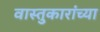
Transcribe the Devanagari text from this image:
वास्तुकारांच्या